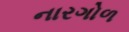
નારગોળ